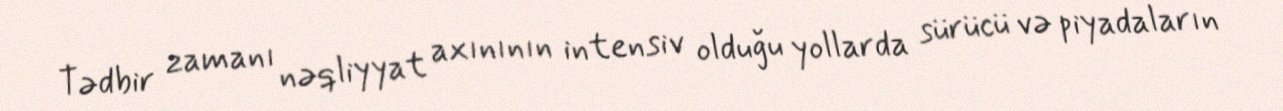
Tədbir zamanı nəqliyyat axınının intensiv olduğu yollarda sürücü və piyadaların